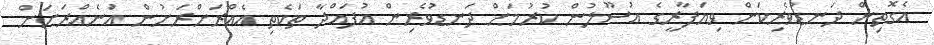
އެގޮތިން ދަނޑުވެރިކަން ވިޔަފާރީގެ އުސޫލުން ކުރުމަށް ދަނޑުވެރިން އުފައްދާ ތަކެތި އެއްރަށްރަށުން އަނެއްރަށަށް